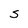
Character: S